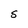
Character: S